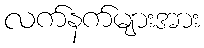
လက်နက်များအား